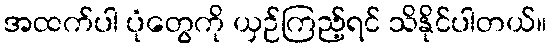
အထက်ပါ ပုံတွေကို ယှဉ်ကြည့်ရင် သိနိုင်ပါတယ်။